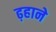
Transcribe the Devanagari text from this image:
ढ़हाने